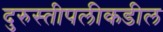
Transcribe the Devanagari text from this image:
दुरुस्तीपलीकडील